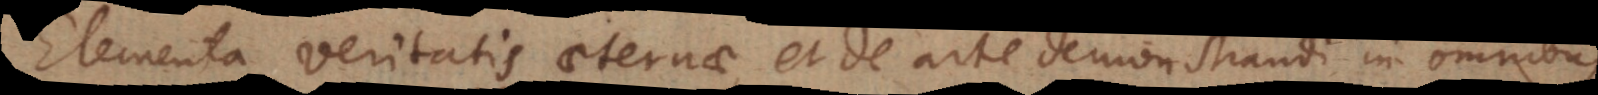
Elementa veritatis aeternae, et de arte demonstrandi in omnibus